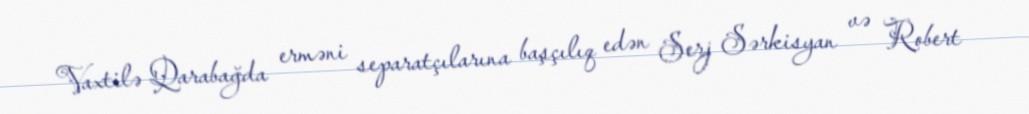
Vaxtilə Qarabağda erməni separatçılarına başçılıq edən Serj Sərkisyan və Robert